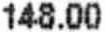
148.00